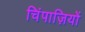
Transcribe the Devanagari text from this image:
चिंपाज़ियों